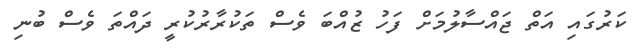
ކަރުގައި އަތް ޖައްސާލުމަށް ފަހު ޒުއްބަ ވެސް ތަކުރާރުކުރީ ދައްތަ ވެސް ބުނި